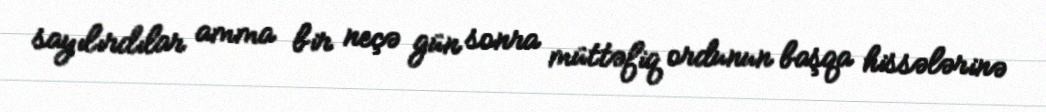
sayılırdılar amma bir neçə gün sonra müttəfiq ordunun başqa hissələrinə